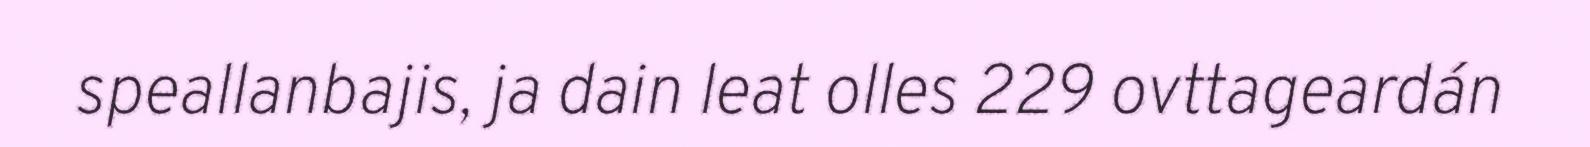
speallanbajis, ja dain leat olles 229 ovttageardán